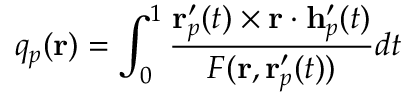
q _ { p } ( \mathbf { r } ) = \int _ { 0 } ^ { 1 } \frac { \mathbf { r } _ { p } ^ { \prime } ( t ) \times \mathbf { r } \cdot \mathbf { h } _ { p } ^ { \prime } ( t ) } { F ( \mathbf { r } , \mathbf { r } _ { p } ^ { \prime } ( t ) ) } d t